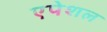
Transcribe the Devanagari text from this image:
एपेशल